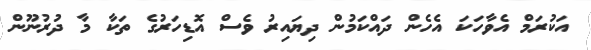
އަކުރަމް އެވާހަކަ އެހެން ދައްކަމުން ދިޔައިރު ވެސް އޮޑިހަރުގެ ތަކާ މާ ދުރުނޫން